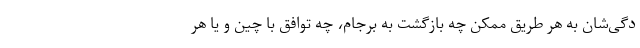
دگی‌شان به هر طریق ممکن چه بازگشت به برجام، چه توافق با چین و یا هر